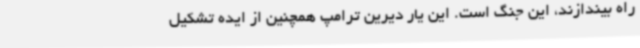
راه بیندازند، این جنگ است. این یار دیرین ترامپ همچنین از ایده تشکیل